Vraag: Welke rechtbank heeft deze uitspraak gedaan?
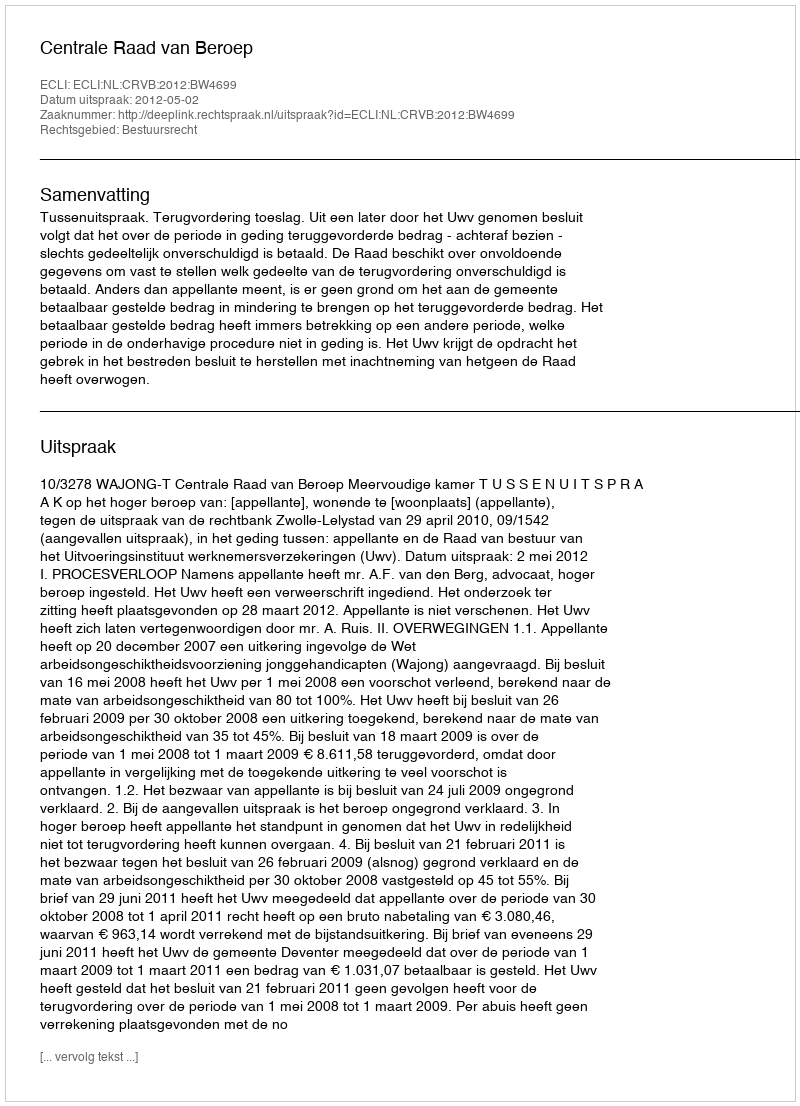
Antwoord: Centrale Raad van Beroep